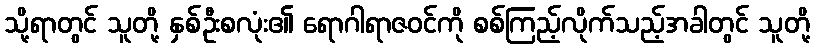
သို့ရာတွင် သူတို့ နှစ်ဦးစလုံး၏ ရောဂါရာဇဝင်ကို စစ်ကြည့်လိုက်သည့်အခါတွင် သူတို့